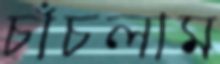
চাঁচলাম